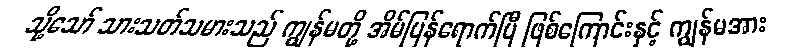
သို့သော် သားသတ်သမားသည် ကျွန်မတို့ အိမ်ပြန်ရောက်ပြီ ဖြစ်ကြောင်းနှင့် ကျွန်မအား